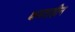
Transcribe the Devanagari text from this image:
क्षमताहीन